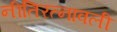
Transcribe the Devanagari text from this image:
नीतिरत्नावली